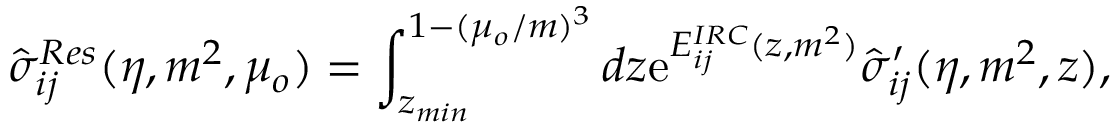
\hat { \sigma } _ { i j } ^ { R e s } ( \eta , m ^ { 2 } , \mu _ { o } ) = \int _ { z _ { m i n } } ^ { 1 - ( \mu _ { o } / m ) ^ { 3 } } d z \mathrm { e } ^ { E _ { i j } ^ { I R C } ( z , m ^ { 2 } ) } \hat { \sigma } _ { i j } ^ { \prime } ( \eta , m ^ { 2 } , z ) ,